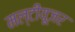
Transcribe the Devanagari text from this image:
मल्टीयूजर